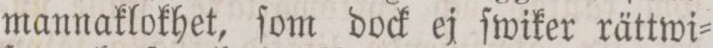
mannaklokhet, ſom dock ej ſwiker rättwi=